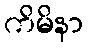
ကိမိနာ